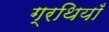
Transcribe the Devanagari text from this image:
ग्रथियाँ